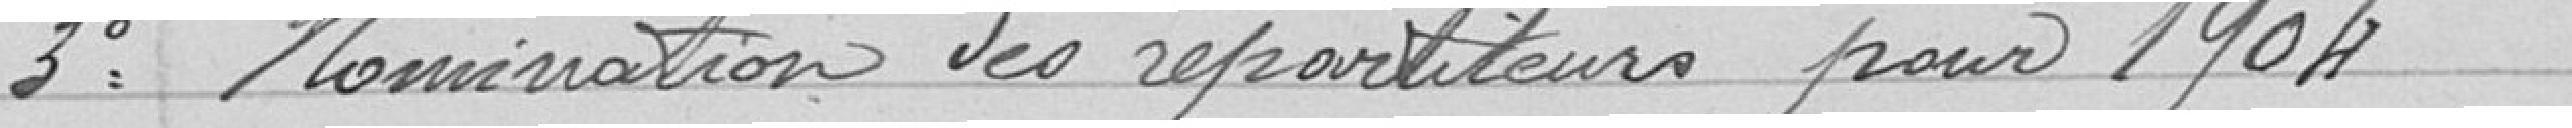
3° Nomination des répartiteurs pour 1904.